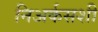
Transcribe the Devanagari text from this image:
निअर्कसशी